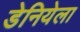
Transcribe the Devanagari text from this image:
डेनियेला